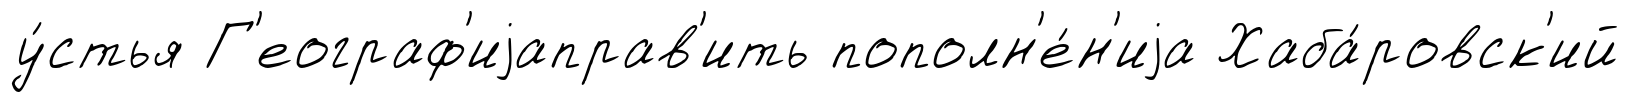
у́стья Г'еограф'иjаправ'ить пополн'е́н'иjа Хаба́ровск'ий